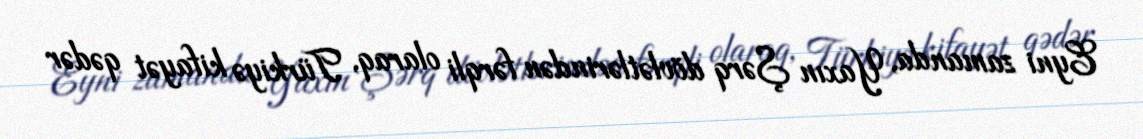
Eyni zamanda, Yaxın Şərq dövlətlərindən fərqli olaraq, Türkiyə kifayət qədər